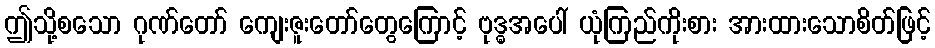
ဤသို့စသော ဂုဏ်တော် ကျေးဇူးတော်တွေကြောင့် ဗုဒ္ဓအပေါ် ယုံကြည်ကိုးစား အားထားသောစိတ်ဖြင့်